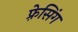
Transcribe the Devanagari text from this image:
फ़्रेसिंग